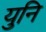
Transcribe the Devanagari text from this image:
युनि